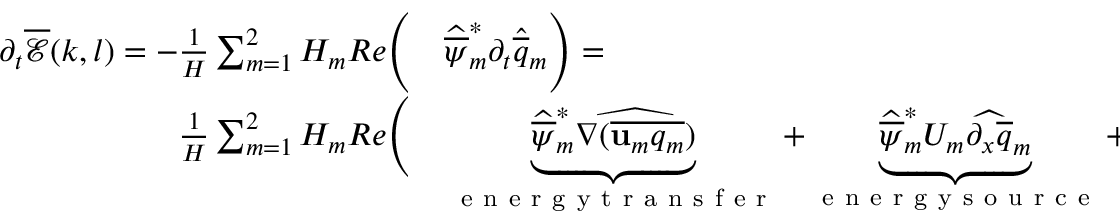
\begin{array} { r l } { \partial _ { t } \overline { { \mathcal { E } } } ( k , l ) = - \frac { 1 } { H } \sum _ { m = 1 } ^ { 2 } H _ { m } R e \Bigg ( } & { { } \widehat { \overline { { \psi } } } _ { m } ^ { * } \partial _ { t } \widehat { \overline { { q } } } _ { m } \Bigg ) = } \\ { \frac { 1 } { H } \sum _ { m = 1 } ^ { 2 } H _ { m } R e \Bigg ( } & { { } \underbrace { \widehat { \overline { { \psi } } } _ { m } ^ { * } \widehat { \nabla ( \overline { { \mathbf { u } _ { m } q _ { m } } } ) } } _ { \mathrm { ~ e ~ n ~ e ~ r ~ g ~ y ~ t ~ r ~ a ~ n ~ s ~ f ~ e ~ r ~ } } + \underbrace { \widehat { \overline { { \psi } } } _ { m } ^ { * } U _ { m } \widehat { \partial _ { x } \overline { { q } } } _ { m } } _ { \mathrm { ~ e ~ n ~ e ~ r ~ g ~ y ~ s ~ o ~ u ~ r ~ c ~ e ~ } } + \underbrace { \widehat { \overline { { \psi } } } _ { m } ^ { * } \delta _ { m , 2 } r _ { e k } \widehat { \nabla ^ { 2 } \overline { { \psi } } } _ { m } } _ { \mathrm { ~ e ~ n ~ e ~ r ~ g ~ y ~ d ~ i ~ s ~ s ~ i ~ p ~ a ~ t ~ i ~ o ~ n ~ } } \Bigg ) . } \end{array}